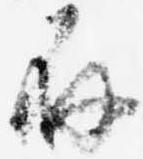
存